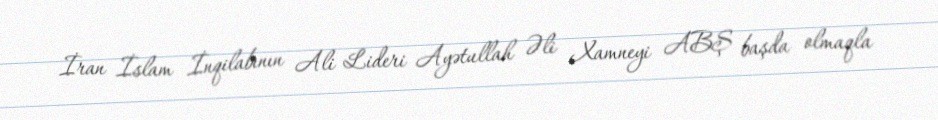
İran İslam İnqilabının Ali Lideri Ayətullah Əli Xamneyi ABŞ başda olmaqla